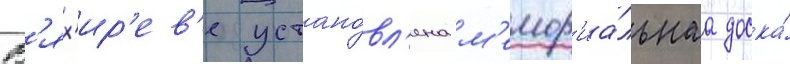
В'ях'ир'ев'е устано́вл'ена м'емор'иа́льнаа доска́